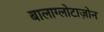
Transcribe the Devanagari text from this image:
बालाग्लोटाज़ोन